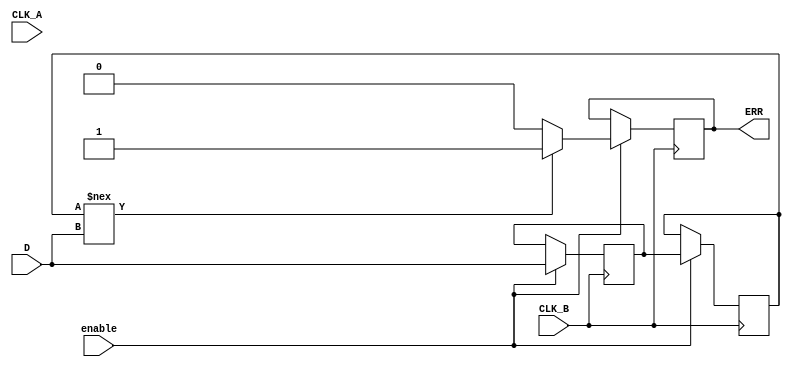
module cdc_detector (
    input wire D,             // Data signal crossing clock domains
    input wire CLK_A,         // Source clock
    input wire CLK_B,         // Destination clock
    input wire enable,        // Optional enable signal
    output reg ERR           // Error signal output
);

// Synchronization flip-flops
reg D_sync1, D_sync2;

// Error detection logic
always @(posedge CLK_B) begin
    if (enable) begin
        // Synchronize data signal to destination clock domain
        D_sync1 <= D;
        D_sync2 <= D_sync1;

        // Compare synchronized data with original data signal
        if (D_sync2 !== D) begin
            ERR <= 1'b1; // Flag error condition
        end else begin
            ERR <= 1'b0; // Clear error condition
        end
    end
end

endmodule